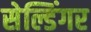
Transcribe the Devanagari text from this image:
सेल्डिंगर